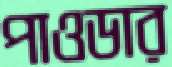
পাওডার